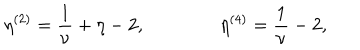
LaTeX: \eta ^ { ( 2 ) } = { \frac { 1 } { \nu } } + \eta - 2 , \qquad \qquad \eta ^ { ( 4 ) } = { \frac { 1 } { \nu } } - 2 ,